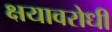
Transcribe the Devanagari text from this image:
क्षयावरोधी